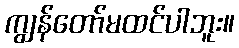
ကျွန်တော်မထင်ပါဘူး။